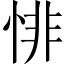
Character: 悱